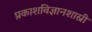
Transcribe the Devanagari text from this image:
प्रकाशविज्ञानशास्री